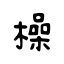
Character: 橾